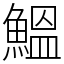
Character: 鰮